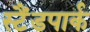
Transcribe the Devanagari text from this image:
स्टैंडपार्क